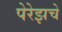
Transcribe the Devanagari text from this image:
पेरेझचे